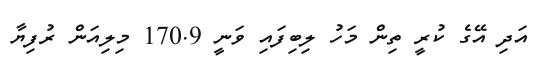
އަދި އޭގެ ކުރީ ތިން މަހު ލިބިފައި ވަނީ 170.9 މިލިއަން ރުފިޔާ